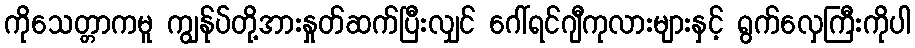
ကိုသေတ္တာကမူ ကျွန်ုပ်တို့အားနှုတ်ဆက်ပြီးလျှင် ဂေါ်ရင်ဂျီကုလားများနှင့် ရွက်လှေကြီးကိုပါ